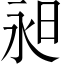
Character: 昶